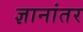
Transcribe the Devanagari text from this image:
ज्ञानांतर